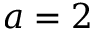
a = 2